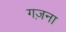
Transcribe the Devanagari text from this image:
गज़ना